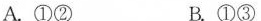
A.①② B.①③